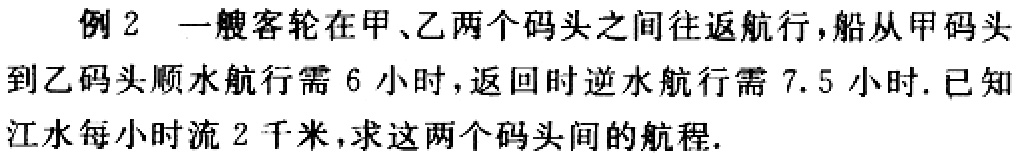
例2 一艘客轮在甲、乙两个码头之间往返航行，船从甲码头到乙码头顺水航行需6小时，返回时逆水航行需7.5小时. 已知江水每小时流2千米，求这两个码头间的航程.